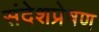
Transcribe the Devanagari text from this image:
संदेशप्रेषण